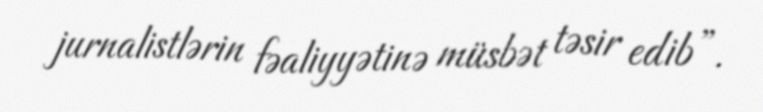
jurnalistlərin fəaliyyətinə müsbət təsir edib”.